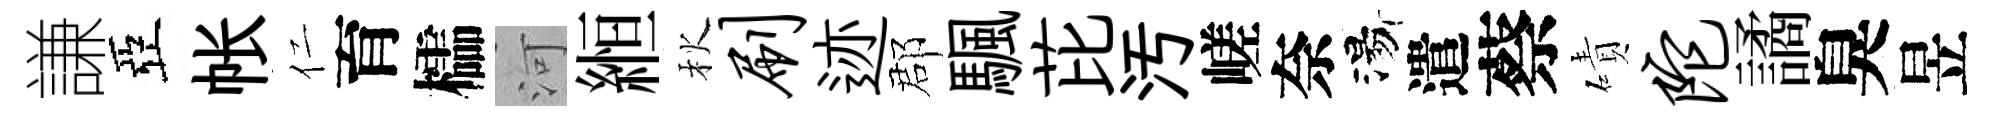
謙亞帐仁育櫺河縆秋刷迹郡颿芘汚嵯奈湯遣蔡磧陀譎臭昱